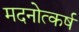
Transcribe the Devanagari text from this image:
मदनोत्कर्ष